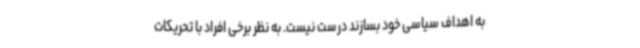
به اهداف سیاسی خود بسازند درست نیست. به نظر برخی افراد با تحریکات